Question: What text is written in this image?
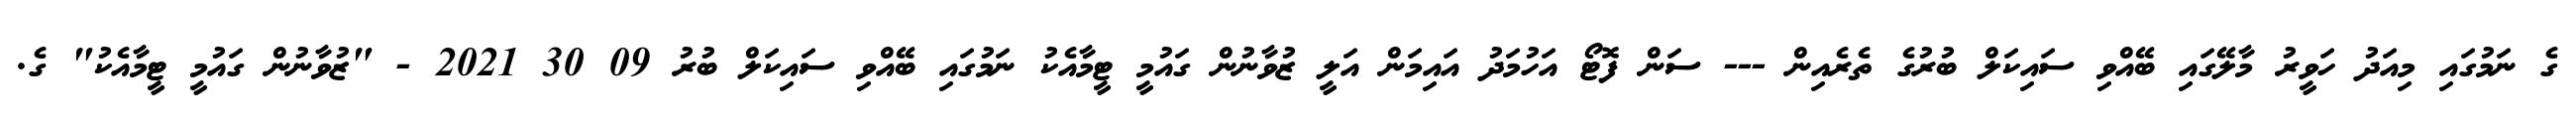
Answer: ގެ ނަމުގައި މިއަދު ހަވީރު މާލޭގައި ބޭއްވި ސައިކަލް ބުރުގެ ތެރެއިން --- ސަން ފޮޓޯ އަހުމަދު އައިމަން އަލީ ޒުވާނުން ގައުމީ ޓީމާއެކު ނަމުގައި ބޭއްވި ސައިކަލް ބުރު 09 30 2021 - "ޒުވާނުން ގައުމީ ޓީމާއެކު" ގެ.